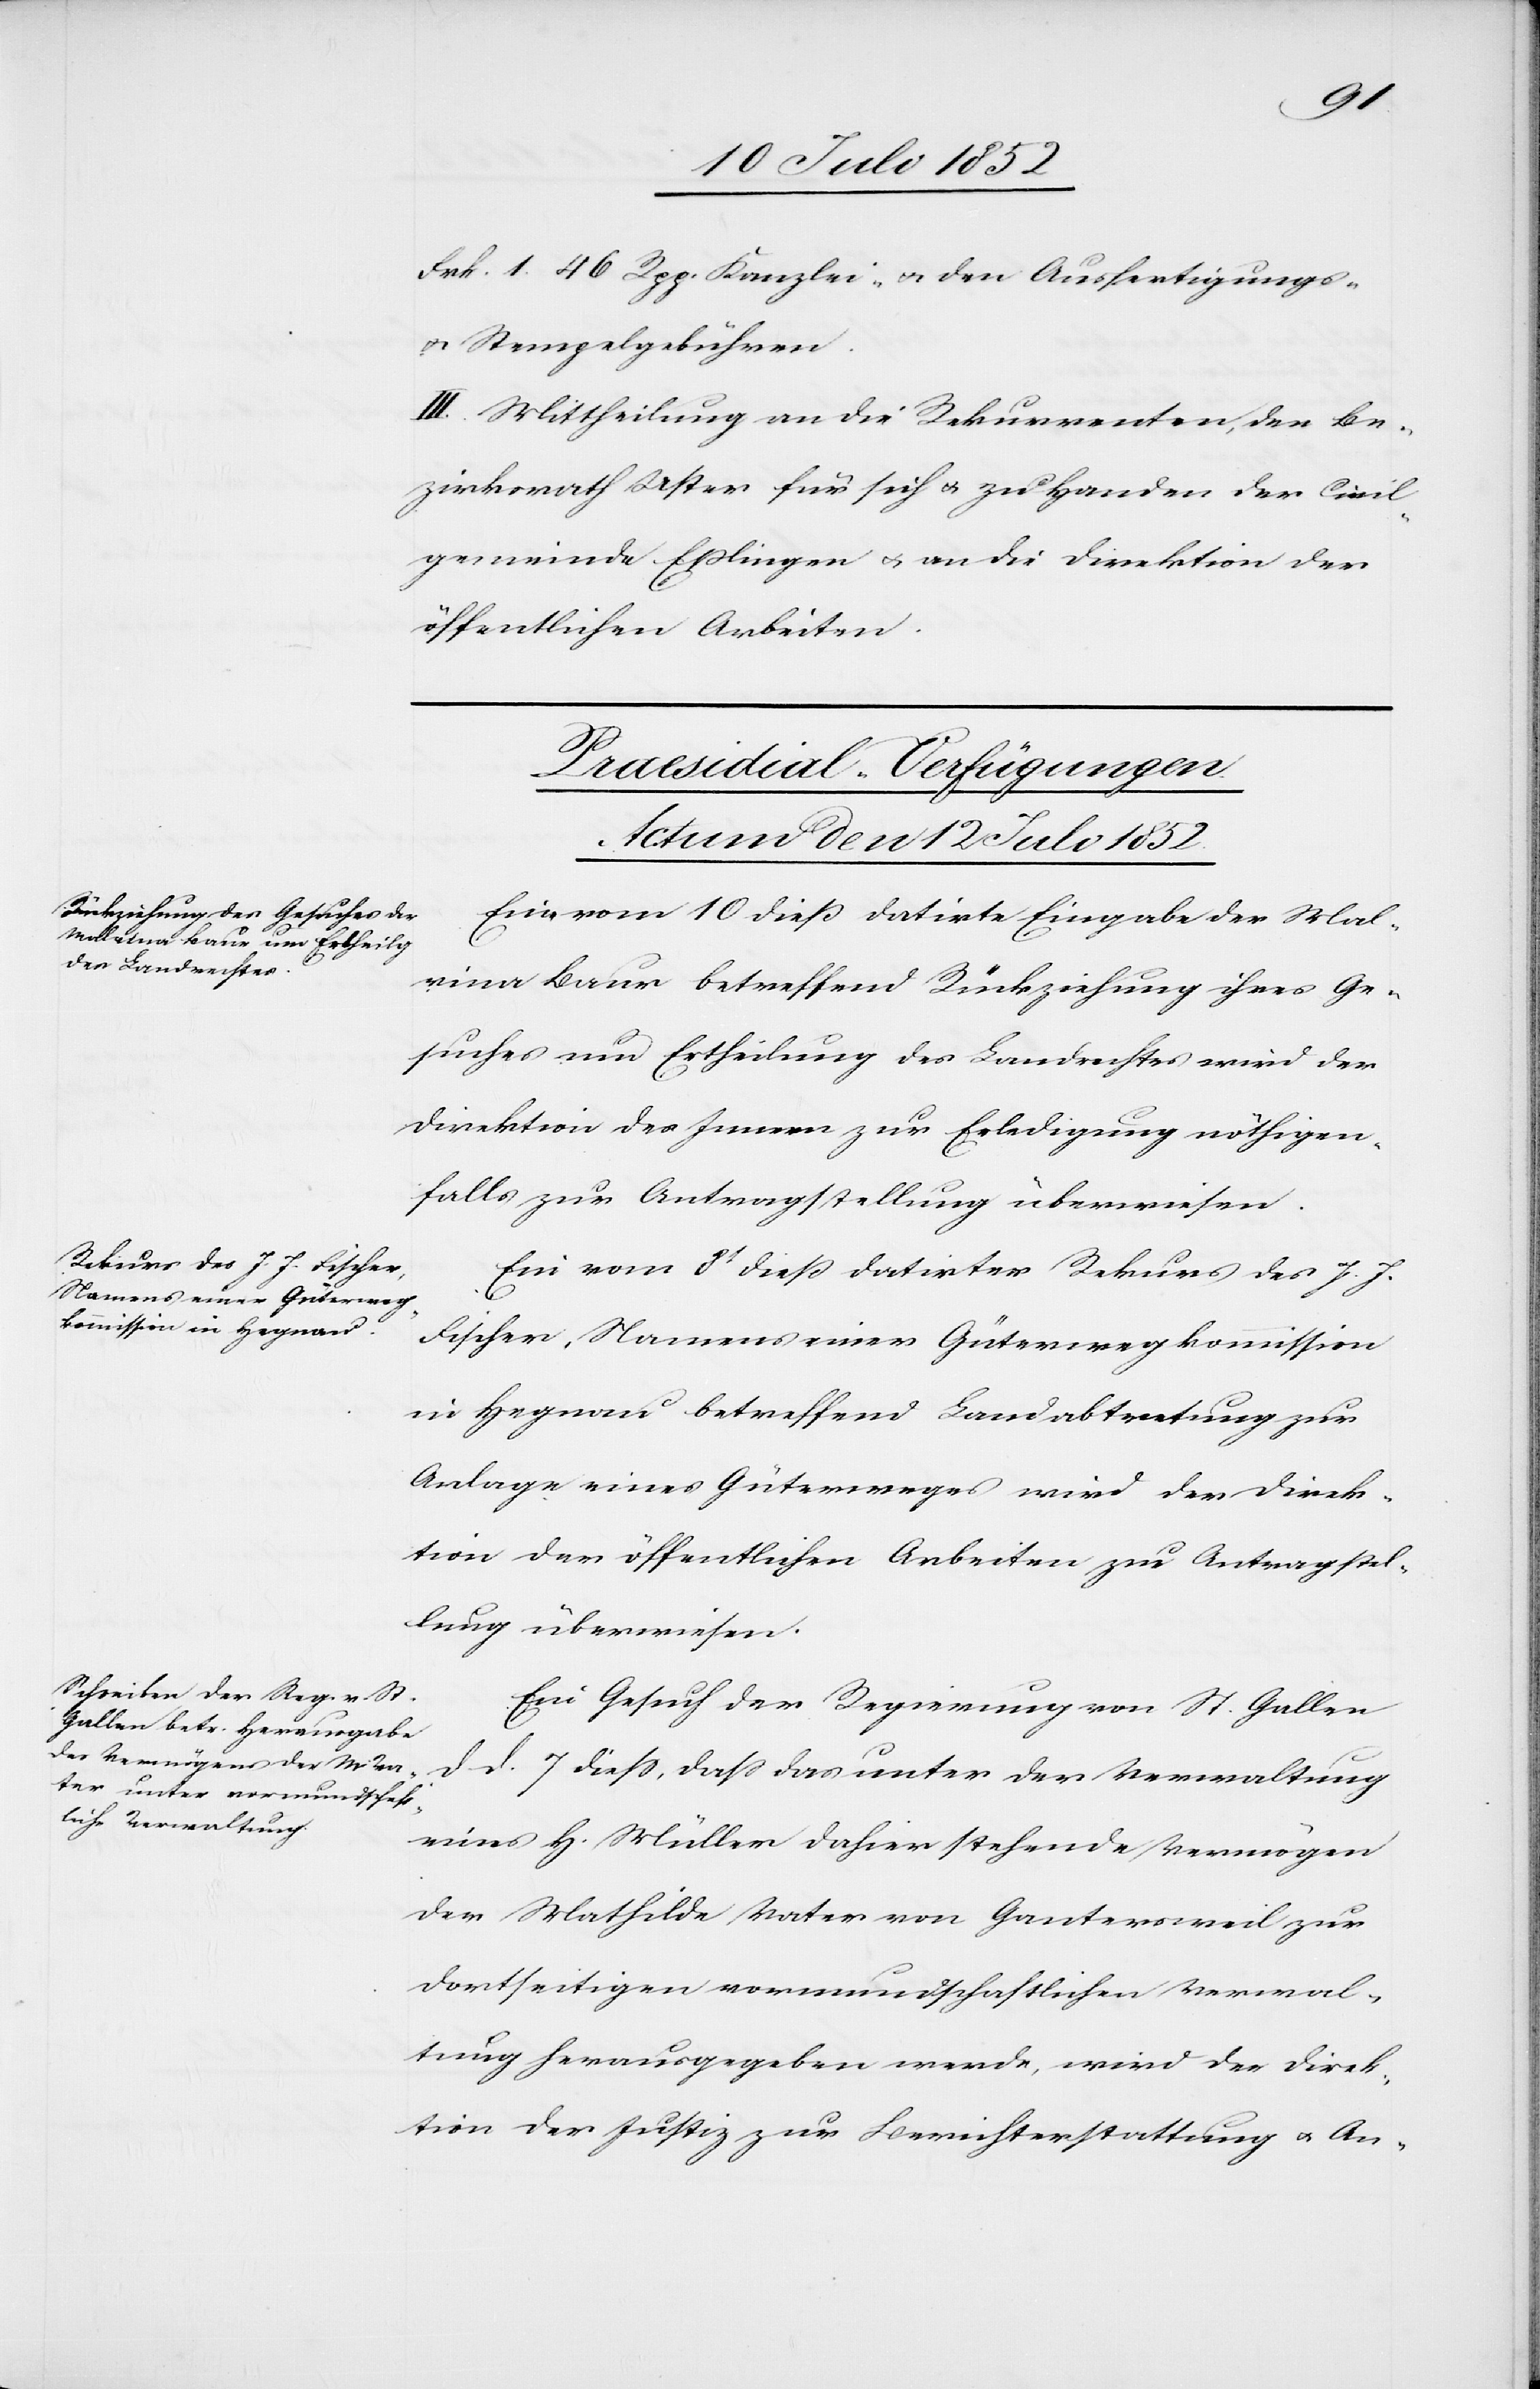
Frk. 1. 46 Rpp. Kanzlei- & den Ausfertigungs-
& Stempelgebühren.
III. Mittheilung an die Rekurrenten, den Be¬
zirksrath Uster für sich & zu Handen der Civil¬
gemeinde Eßlingen & an die Direktion der
öffentlichen Arbeiten.
[Praesidial-Verfügungen.
Actum den 12 Juli 1852.]
Eine vom 10 dieß datirte Eingabe der Mal¬
vina Baur betreffend Rückziehung ihres Ge¬
suches um Ertheilung des Landrechtes wird der
Direktion des Innern zur Erledigung nöthigen¬
falls zur Antragstellung überwiesen.
Ein vom 8t dieß datirter Rekurs des J. J.
Fischer, Namens einer Güterwegkommission
in Hegnau betreffend Landabtretung zur
Anlage eines Güterweges wird der Direk¬
tion der öffentlichen Arbeiten zur Antragstel¬
lung überwiesen.
Ein Gesuch der Regierung von St. Gallen
d d. 7 diess, dass das unter der Verwaltung
eines H. Müller dahier stehende Vermögen
der Mathilde Vater von Gantersweil zur
dortseitigen vormundschaftlichen Verwal¬
tung herausgegeben werde, wird der Direk¬
tion der Justiz zur Berichterstattung & An-